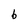
Character: b